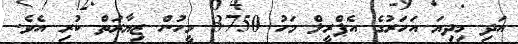
އަދި މިދިޔަ އަހަރުގެ އެޕްރީލް މަހު 3750 މީހުން ޒިޔާރަތް ކުރި އެވެ.